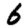
Digit: 6